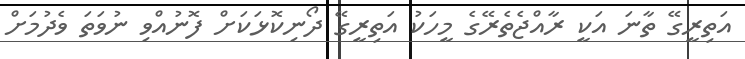
އަތިރީގޭ ތާނަ އަކީ ރާއްޖެތެރޭގެ މީހަކު އަތިރީގޭ ދޯނިކޮޅަކަށް ފޮނުއްވި ނުވަތަ ވެދުމަށް